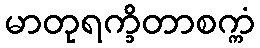
မာတုရက္ခိတာစက္ကံ